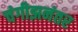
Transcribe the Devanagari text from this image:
चंगीझनंतर